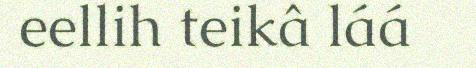
eellih teikâ láá